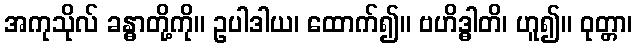
အကုသိုလ် ခန္ဓာတို့ကို။ ဥပါဒါယ၊ ထောက်၍။ ဗဟိဒ္ဓါတိ၊ ဟူ၍။ ဝုတ္တာ၊